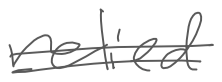
Text: relied
Cross-out: double-line
Writing tool: digital_gray